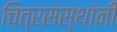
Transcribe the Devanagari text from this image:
चित्रसंस्थांनी